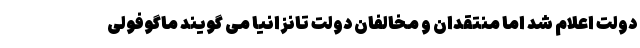
دولت اعلام شد اما منتقدان و مخالفان دولت تانزانیا می گویند ماگوفولی